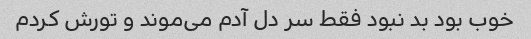
خوب بود بد نبود فقط سر دل آدم می‌موند و تورش کردم